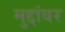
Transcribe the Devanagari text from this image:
मुद्दांवर